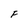
Character: F